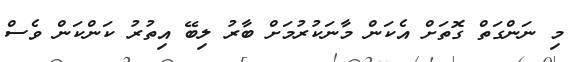
މި ނަންގަތް ގޮތަށް އެކަން މާނަކުރުމަށް ބާރު ލިބޭ އިތުރު ކަންކަން ވެސް